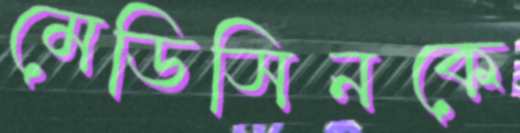
মেডিসিনকে